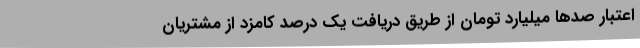
اعتبار صدها میلیارد تومان از طریق دریافت یک درصد کامزد از مشتریان